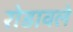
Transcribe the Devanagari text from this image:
रोडावले